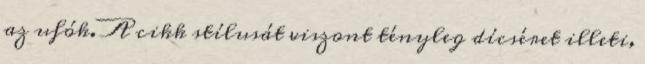
az ufók. A cikk stílusát viszont tényleg dícséret illeti,